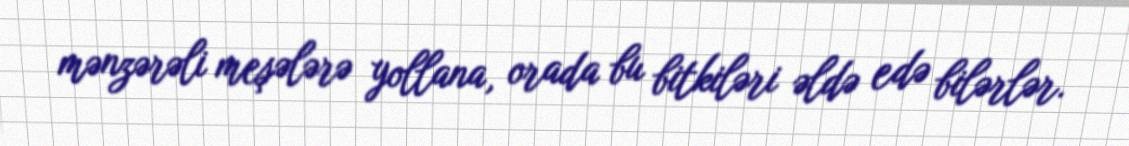
mənzərəli meşələrə yollana, orada bu bitkiləri əldə edə bilərlər.